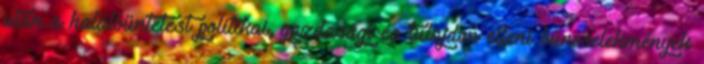
után a halálbüntetést politikai, gazdasági és tulajdon elleni bűncselekmények